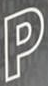
P